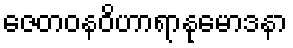
ဇေတဝနဝိဟာရာနုမောဒနာ